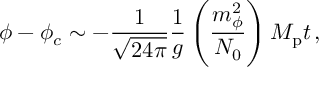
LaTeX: \phi - \phi _ { c } \sim - \frac { 1 } { \sqrt { 2 4 \pi } } \frac { 1 } { g } \left( \frac { m _ { \phi } ^ { 2 } } { N _ { 0 } } \right) M _ { \mathrm { p } } t \, ,